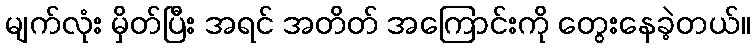
မျက်လုံး မှိတ်ပြီး အရင် အတိတ် အကြောင်းကို တွေးနေခဲ့တယ်။